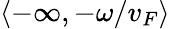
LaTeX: \langle-\infty,-\omega/v_{F}\rangle